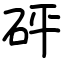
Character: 砰